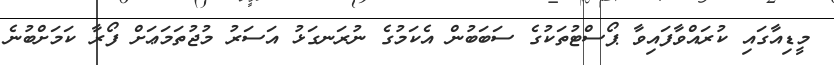
މީޑިއާގައި ކުރައްވާފައިވާ ޕޯސްޓުތަކުގެ ސަބަބުން އެކަމުގެ ނުރަނގަޅު އަސަރު މުޖުތަމަޢަށް ފޯރާ ކަމަށްބުނެ